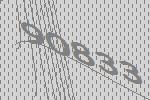
90833